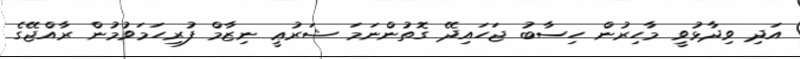
އަދި ވިދާޅުވީ މާހިރުން ހިސާބު ޖަހައިދޭ ގޮތުންނަމަ ޝަރުޢީ ނިޒާމް ފުރިހަމަވުމުން ރާއްޖޭގެ